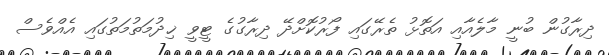
ދިރާގުން ބުނީ މާލެއާއި އަތޮޅު ތެރޭގައި ފޯރުކޮށްދޭ ދިރާގުގެ ޓީވީ ޚިދުމަތުމަތުގައި އެއްވެސް